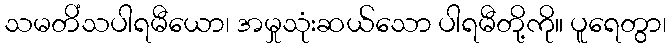
သမတိံသပါရမီယော၊ အမှုသုံးဆယ်သော ပါရမီတို့ကို။ ပူရေတွာ၊